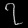
Digit: ၇